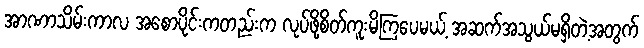
အာဏာသိမ်းကာလ အစောပိုင်းကတည်းက လုပ်ဖို့စိတ်ကူးမိကြပေမယ့် အဆက်အသွယ်မရှိတဲ့အတွက်